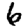
Digit: 6